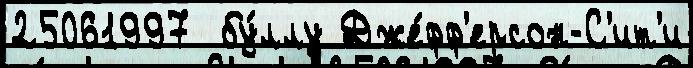
25061997  бу́ллу Дже́фф'ерсон-С'ит'и